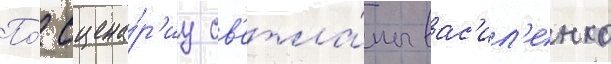
По́ сцена́р'иу св'етла́ны вас'ил'енко